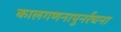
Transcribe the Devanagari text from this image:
कालगणनापुनर्रचना